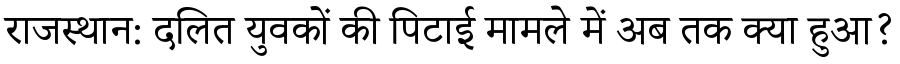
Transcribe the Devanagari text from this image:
राजस्थान: दलित युवकों की पिटाई मामले में अब तक क्या हुआ?